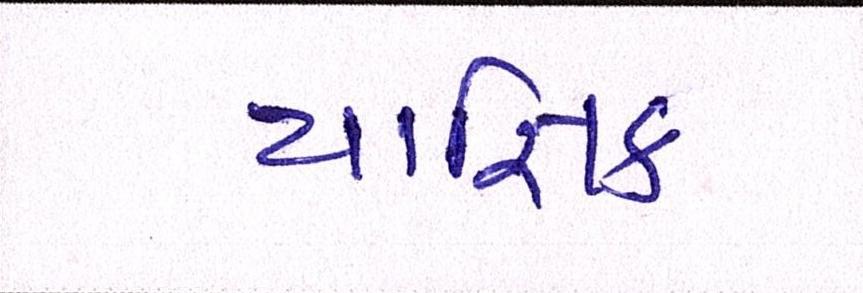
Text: યાજ્ઞિક